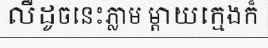
លឺដូចនេះភ្លាម ម្តាយក្មេងក៏